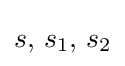
s,\,s_{1},\,s_{2}